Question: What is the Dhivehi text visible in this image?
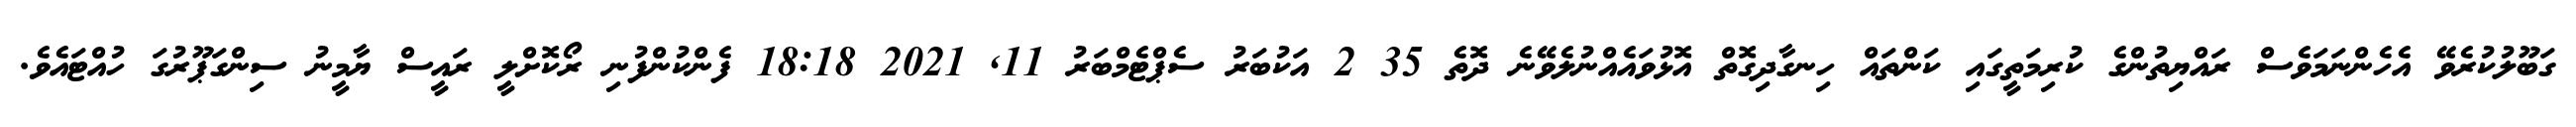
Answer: ގަބޫލުކުރެވޭ އެހެންނަމަވެސް ރައްޔިތުންގެ ކުރިމަތީގައި ކަންތައް ހިނގާދިގޮތް އޮޅުވައެއްނުލެވޭނެ ދޮތެ 35 2 އަކުބަރު ސެޕްޓެމްބަރު 11, 2021 18:18 ފެންކުންފުނި ރޯކޮށްލީ ރައީސް ޔާމީނު ސިންގަޕޫރުގަ ހުއްޓައެވެ.